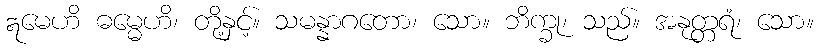
ဣမေဟိ ဓမ္မေဟိ၊ တို့နှင့်။ သမန္နာဂတော၊ သော။ ဘိက္ခု၊ သည်။ အနုတ္တရံ၊ သော။